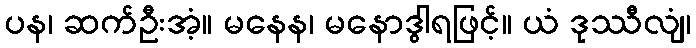
ပန၊ ဆက်ဦးအံ့။ မနေန၊ မနောဒွါရဖြင့်။ ယံ ဒုဿီလျံ၊